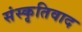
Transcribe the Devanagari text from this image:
संस्कृतिवाद